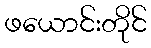
ဖယောင်းတိုင်